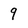
Character: 9